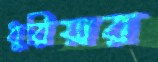
ধুরিয়ার